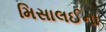
મિસાલઈના